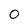
Character: 0